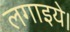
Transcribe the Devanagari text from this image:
लगाइये।